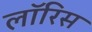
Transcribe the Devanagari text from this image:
लॉरिस